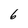
Character: 6